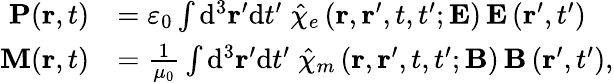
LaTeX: {\begin{array}{rl}{\mathbf{P}(\mathbf{r},t)}&{=\varepsilon_{0}\int\mathrm{{d}}^{3}\mathbf{r}^{\prime}\mathrm{{d}}t^{\prime}\; {\hat{\chi}}_{e}\left(\mathbf{r},\mathbf{r}^{\prime},t,t^{\prime};\mathbf{E}\right)\, \mathbf{E}\left(\mathbf{r}^{\prime},t^{\prime}\right)}\\ {\mathbf{M}(\mathbf{r},t)}&{={\frac{1}{\mu_{0}}}\int\mathrm{{d}}^{3}\mathbf{r}^{\prime}\mathrm{{d}}t^{\prime}\; {\hat{\chi}}_{m}\left(\mathbf{r},\mathbf{r}^{\prime},t,t^{\prime};\mathbf{B}\right)\, \mathbf{B}\left(\mathbf{r}^{\prime},t^{\prime}\right),}\end{array}}